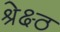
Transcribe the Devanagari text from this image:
श्रेक्ष्ठ